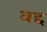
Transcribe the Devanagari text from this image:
वद्द